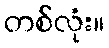
တစ်လုံး။